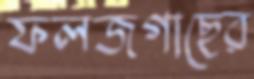
ফলজগাছের